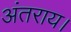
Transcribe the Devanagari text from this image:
अंतराय।